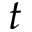
t